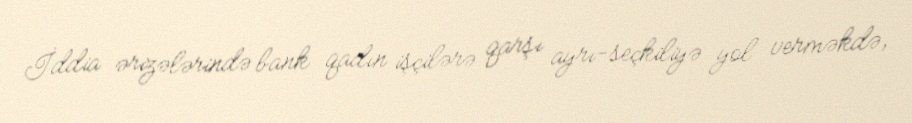
İddia ərizələrində bank qadın işçilərə qarşı ayrı-seçkiliyə yol verməkdə,